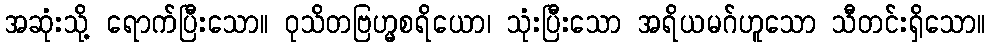
အဆုံးသို့ ရောက်ပြီးသော။ ဝုသိတဗြဟ္မစရိယော၊ သုံးပြီးသော အရိယမဂ်ဟူသော သီတင်းရှိသော။